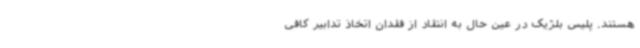
هستند. پلیس بلژیک در عین حال به انتقاد از فقدان اتخاذ تدابیر کافی